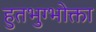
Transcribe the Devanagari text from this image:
हुतभुग्भोक्ता